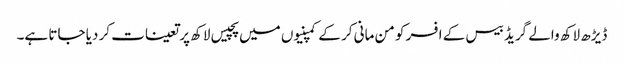
ڈیڑھ لاکھ والے گریڈ بیس کے افسر کو من مانی کر کے کمپنیوں میں پچیس لاکھ پر تعینات کر دیا جاتا ہے۔